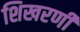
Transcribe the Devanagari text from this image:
शिखरणी